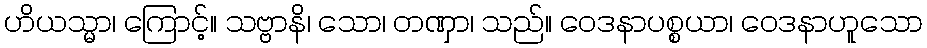
ဟိယသ္မာ၊ ကြောင့်။ သဗ္ဗာနိ၊ သော၊ တဏှာ၊ သည်။ ဝေဒနာပစ္စယာ၊ ဝေဒနာဟူသော